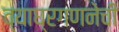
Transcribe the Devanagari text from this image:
व्याघ्रगणनेची